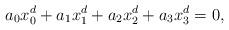
LaTeX: \begin{align*} a_0x_0^d + a_1x_1^d + a_2x_2^d+ a_3x_3^d = 0,\end{align*}